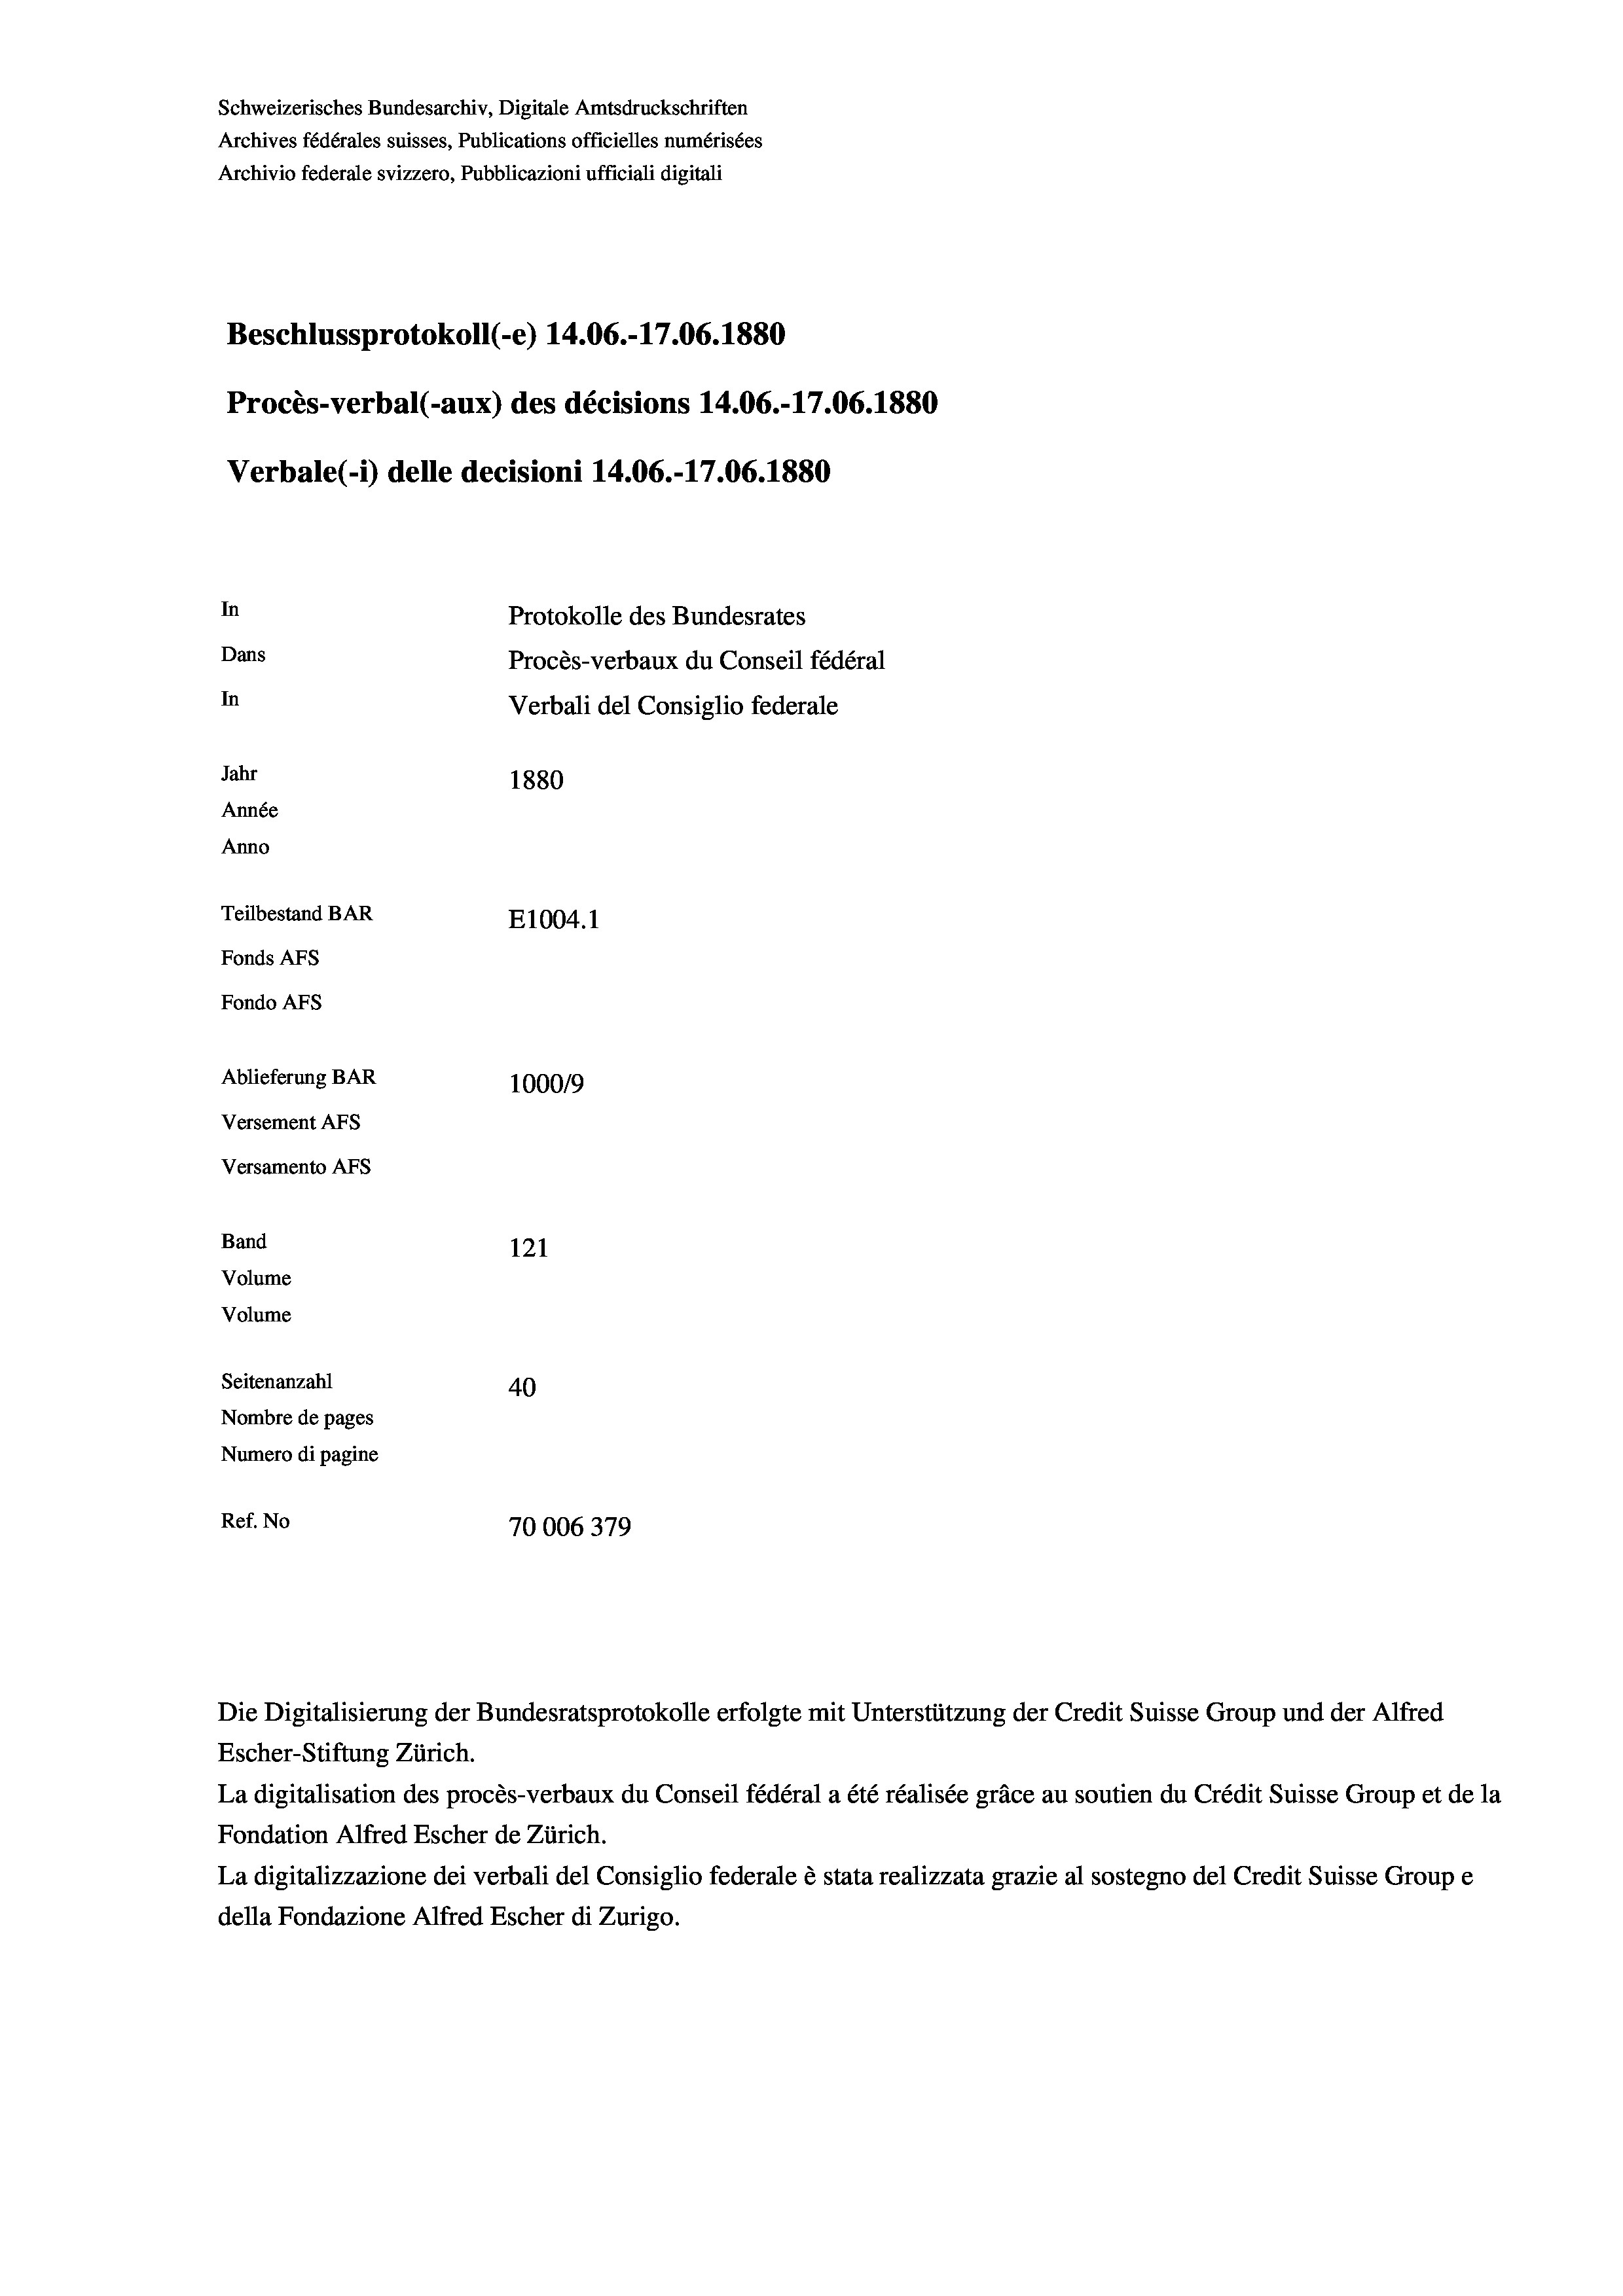
Schweizerisches Bundesarchiv, Digitale Amtsdruckschriften
Archives fédérales suisses, Publications officielles numérisées
Archivio federale svizzero, Pubblicazioni ufficiali digitali
Beschlussprotokoll (-e) 14.06.-17.06. 1880
Procès-verbal (-aux) des décisions 14.06.-17.06. 1880
Verbale(-*) delle decisioni 14.06.-17.06. 1880
In
Protokolle des Bundesrates
Dans
Procès-verbaux du Conseil fédéral
In
Verbali del Consiglio federale
Jahr
1880
Année
Anno
Teilbestand BAR
E1004. 1
Fonds AFs
Fondo AFS
Ablieferung BAR
100019
Versement AFs
Versamento Afs
Band
121
Volume
Volume
Seitenanzahl
40
Nombre de pages
Numero di pagine
Ref. No
70006379

Escher-Stiftung Zürich.
La digitalisation des procès-verbaux du Conseil fédéral a été réalisée gräce au soutien du Crédit Suisse Group et de la
Fondation Alfred Escher de Zürich.
La digitalizzazione dei verbali del Consiglio federale è stata realizzata grazie al sostegno del Credit Suisse Groupe
della Fondazione Alfred Escher di Zurigo.

Die Digitalisierung der Bundesratsprotokolle erfolgte mit Unterstützung der Credit Suisse Group und der Alfred